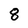
Character: 8